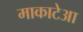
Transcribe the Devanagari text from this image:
माकाटेआ